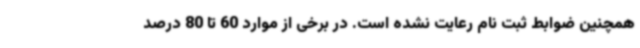
همچنین ضوابط ثبت نام رعایت نشده است. در برخی از موارد 60 تا 80 درصد